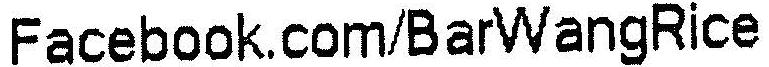
FACEBOOK.COM/BARWANGRICE